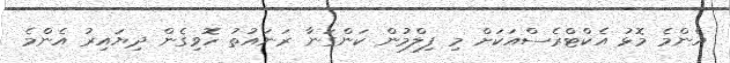
އެންމެ މޮޅު އެކްޓްރެސްއަކަށް މި ފިލްމުން ކަންގަނާ ރަނައުތު ހޮވިގެން ދިޔައިރު އެންމެ